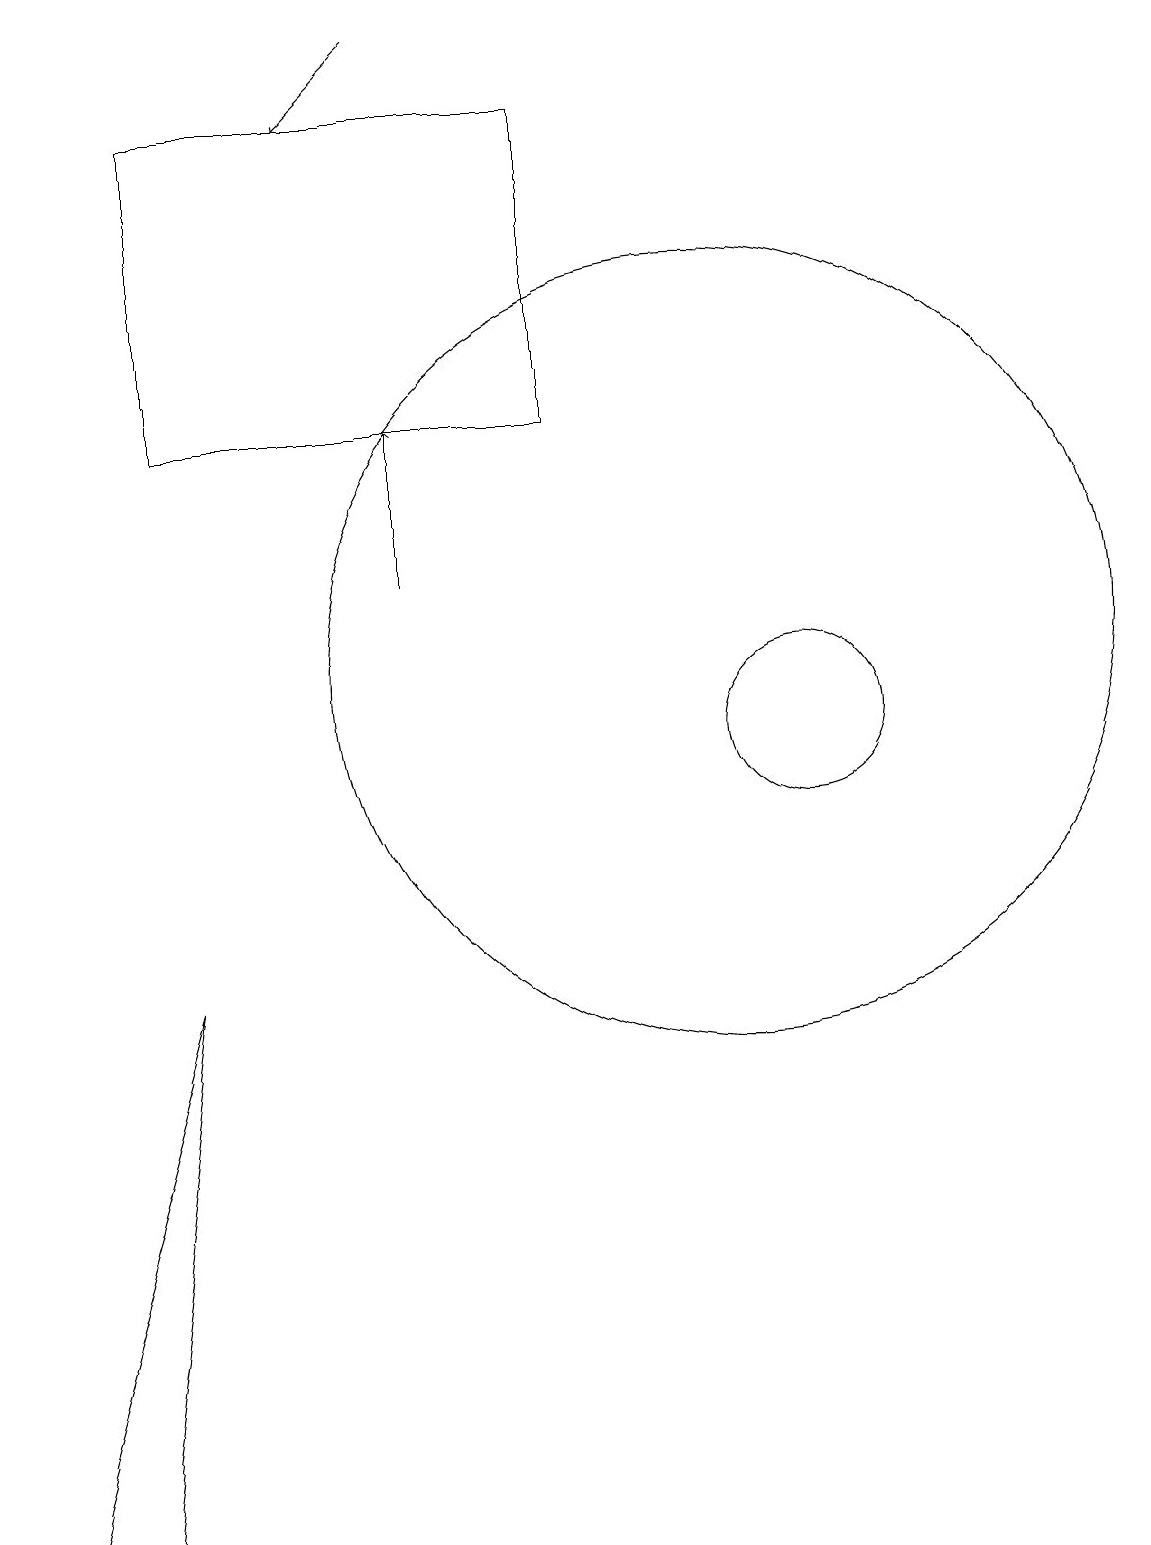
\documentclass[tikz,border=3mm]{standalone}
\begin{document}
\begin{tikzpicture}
\draw (12,10) circle (1);
\draw (11,11) circle (0);
\draw (4,7) -- (3,0) -- (2,0) -- cycle;
\draw (4,18) rectangle (9,14);
\draw (11,11) circle (5);
\draw[->] (7,12) -- (7,14);
\draw[->] (7,19) -- (6,18);
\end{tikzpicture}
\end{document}